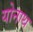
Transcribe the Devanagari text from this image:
योनाथ